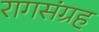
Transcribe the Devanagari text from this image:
रागसंग्रह